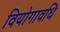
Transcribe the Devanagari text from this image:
वियोगावधि